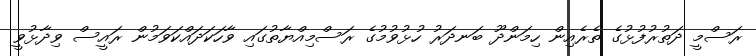
ރަސްމީ ދަތުރުފުޅުގެ ތެރެއިން ހިމަންދޫ ބަނދަރު ހުޅުވުމުގެ ރަސްމިއްޔާތުގައި ވާހަކަދައްކަވަމުން ރައީސް ވިދާޅުވީ